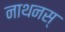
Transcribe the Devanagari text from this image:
नाथनस्